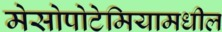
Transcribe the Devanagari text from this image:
मेसोपोटेमियामधील